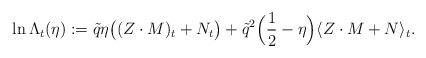
LaTeX: \begin{align*} \ln \Lambda_t (\eta) : = \tilde{q}\eta \big( (Z\cdot M)_t +N_t\big) + \tilde{q}^2 \Big(\frac{1}{2} - \eta\Big)\langle Z\cdot M + N \rangle_t. \end{align*}